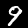
Digit: 9